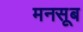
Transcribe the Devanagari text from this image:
मनसूब